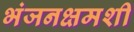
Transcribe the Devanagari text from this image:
भंजनक्षमशी